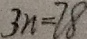
3 n = 7 8